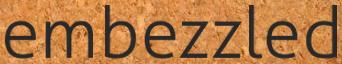
embezzled